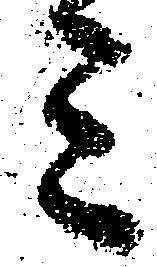
ミ